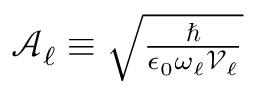
\begin{array} { r } { \mathcal { A } _ { \ell } \equiv \sqrt { \frac { \hbar } { \epsilon _ { 0 } \omega _ { \ell } \mathcal { V } _ { \ell } } } } \end{array}